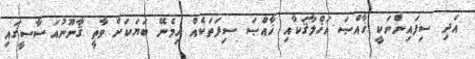
އަދި ސިފައިންނަކީ ޚާއްޞަ އަޚްލާޤަކާއި ޚާއްޞަ ސިފަތަކެއް ހިމެނޭ ބަޔަކަށް ވާތީ ޤާނޫނުއަސާސީގައި